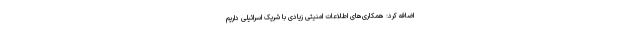
اضافه کرد: همکاری‌های اطلاعات امنیتی زیادی با شریک اسرائیلی داریم